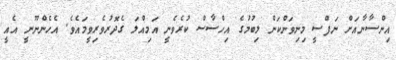
އިންސާނާއަށް ނަފްސީ މިނިވަންކަން ލިބުމުގެ އިހްސާސް ކުރެވެނީ އަމިއްލަ ގެދޮރުވެރިވީމައެވެ. އެހެންނޫނީ އެއީ